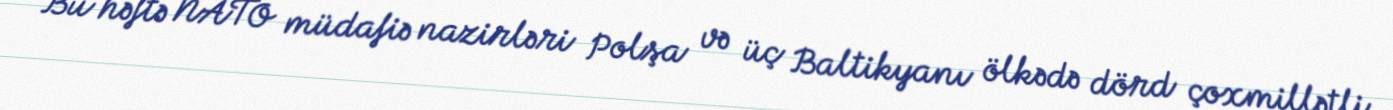
Bu həftə NATO müdafiə nazirləri Polşa və üç Baltikyanı ölkədə dörd çoxmillətli